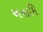
અનામિ